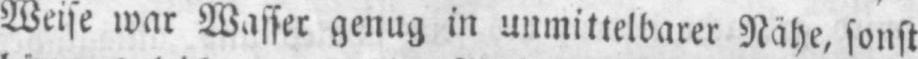
Weise war Wasser genug in unmittelbarer Nähe, sonst